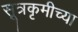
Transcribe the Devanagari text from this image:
सूत्रकृमीच्या